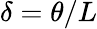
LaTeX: \delta=\theta/L